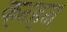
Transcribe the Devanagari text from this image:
कन्हन